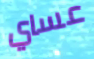
عساي